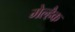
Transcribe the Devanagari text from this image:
मेल्हैक